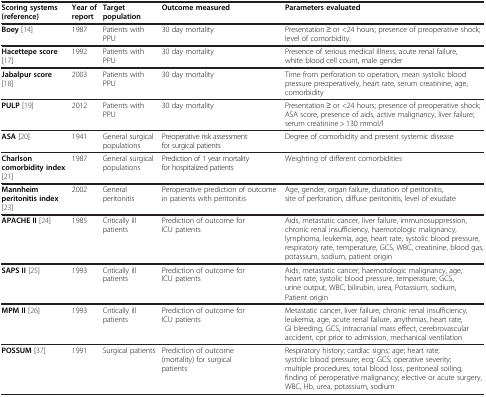
<table><thead><tr><td><b>Scoring systems (reference)</b></td><td><b>Year of report</b></td><td><b>Target population</b></td><td><b>Outcome measured</b></td><td><b>Parameters evaluated</b></td></tr></thead><tbody><tr><td><b>Boey</b>[14]</td><td>1987</td><td>Patients with PPU</td><td>30 day mortality</td><td>Presentation ≥ or &lt;24 hours; presence of preoperative shock; level of comorbidity.</td></tr><tr><td><b>Hacettepe score</b>[17]</td><td>1992</td><td>Patients with PPU</td><td>30 day mortality</td><td>Presence of serious medical illness, acute renal failure, white blood cell count, male gender</td></tr><tr><td><b>Jabalpur score</b>[18]</td><td>2003</td><td>Patients with PPU</td><td>30 day mortality</td><td>Time from perforation to operation, mean systolic blood pressure preoperatively, heart rate, serum creatinine, age, comorbidity</td></tr><tr><td><b>PULP</b>[19]</td><td>2012</td><td>Patients with PPU</td><td>30 day mortality</td><td>Presentation ≥ or &lt;24 hours; presence of preoperative shock; ASA score, presence of aids, active malignancy, liver failure; serum creatinine &gt; 130 mmol/l</td></tr><tr><td><b>ASA</b>[20]</td><td>1941</td><td>General surgical populations</td><td>Preoperative risk assessment for surgical patients</td><td>Degree of comorbidity and present systemic disease</td></tr><tr><td><b>Charlson comorbidity index</b>[21]</td><td>1987</td><td>General surgical populations</td><td>Prediction of 1 year mortality for hospitalized patients</td><td>Weighting of different comorbidities</td></tr><tr><td><b>Mannheim peritonitis index</b>[23]</td><td>2002</td><td>General peritonitis</td><td>Peroperative prediction of outcome in patients with peritonitis</td><td>Age, gender, organ failure, duration of peritonitis, site of perforation, diffuse peritonitis, level of exudate</td></tr><tr><td><b>APACHE II</b>[24]</td><td>1985</td><td>Critically ill patients</td><td>Prediction of outcome for ICU patients</td><td>Aids, metastatic cancer, liver failure, immunosuppression, chronic renal insufficiency, haemotologic malignancy, lymphoma, leukemia, age, heart rate, systolic blood pressure, respiratory rate, temperature, GCS, WBC, creatinine, blood gas, potassium, sodium, patient origin</td></tr><tr><td><b>SAPS II</b>[25]</td><td>1993</td><td>Critically ill patients</td><td>Prediction of outcome for ICU patients</td><td>Aids, metastatic cancer, haemotologic malignancy, age, heart rate, systolic blood pressure, temperature, GCS, urine output, WBC, bilirubin, urea, Potassium, sodium, Patient origin</td></tr><tr><td><b>MPM II</b>[26]</td><td>1993</td><td>Critically ill patients</td><td>Prediction of outcome for ICU patients</td><td>Metastatic cancer, liver failure, chronic renal insufficiency, leukemia, age, acute renal failure, arrythmias, heart rate, GI bleeding, GCS, intracranial mass effect, cerebrovascular accident, cpr prior to admission, mechanical ventilation</td></tr><tr><td><b>POSSUM</b>[37]</td><td>1991</td><td>Surgical patients</td><td>Prediction of outcome (mortality) for surgical patients</td><td>Respiratory history; cardiac signs; age; heart rate; systolic blood pressure; ecg; GCS; operative severity; multiple procedures, total blood loss, peritoneal soiling, finding of peroperative malignancy; elective or acute surgery, WBC, Hb, urea, potassium, sodium</td></tr></tbody></table>